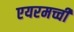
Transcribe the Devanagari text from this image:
एयरमच्ची